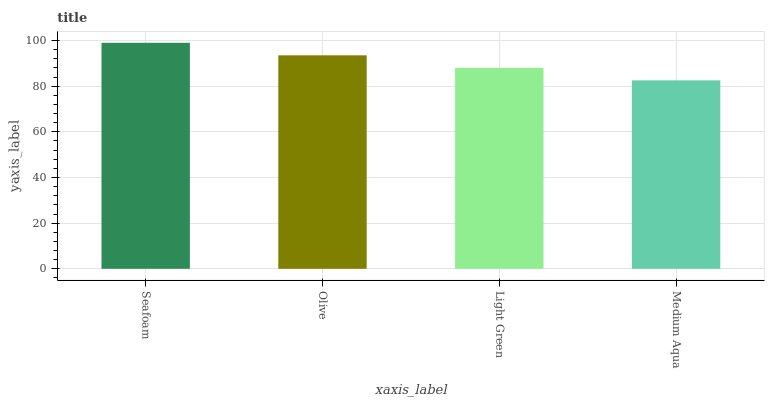
| xaxis_label | bars |
 | --- | --- |
 | Seafoam | 99 |
 | Olive | 93.5 |
 | Light Green | 88 |
 | Medium Aqua | 82.5 |